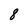
Character: 8